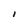
Character: I